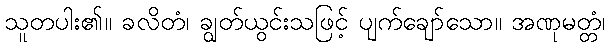
သူတပါး၏။ ခလိတံ၊ ချွတ်ယွင်းသဖြင့် ပျက်ချော်သော။ အဏုမတ္တံ၊